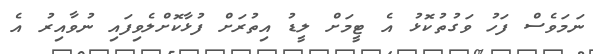
ނަމަވެސް ފަހު ވަގުތުކޮޅު އެ ޓީމަށް ލީޑު އިތުރަށް ފުޅާކޮށްލެވިފައި ނުވާއިރު އެ